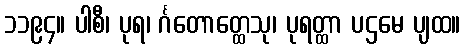
၁၁၉၄။ ပါစီ၊ ပုရ၊ င်္ဂတောတ္ထေသု၊ ပုရတ္ထာ ပဌမေ ပျထ။